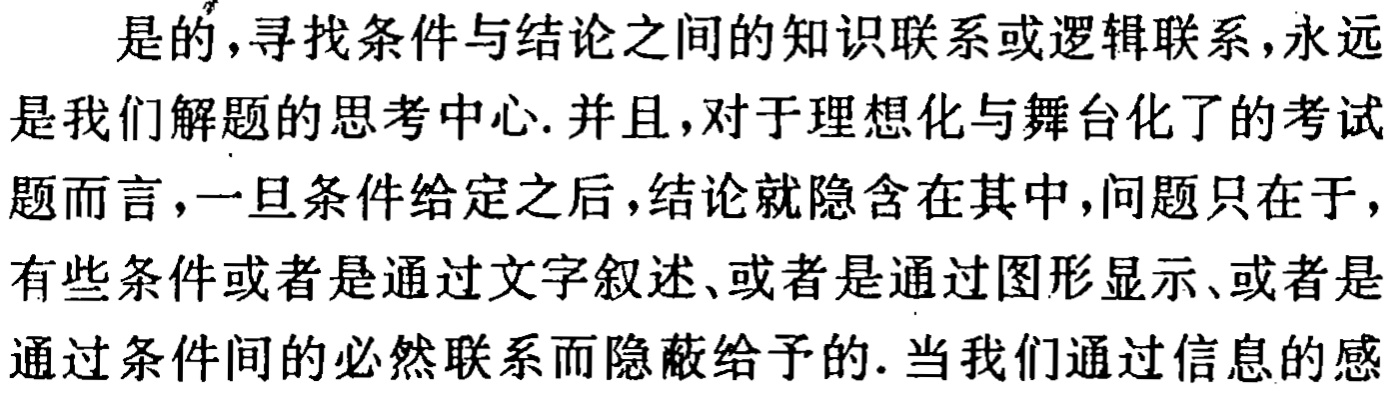
是的,寻找条件与结论之间的知识联系或逻辑联系,永远是我们解题的思考中心.并且,对于理想化与舞台化了的考试

题而言,一旦条件给定之后,结论就隐含在其中,问题只在于,有些条件或者是通过文字叙述、或者是通过图形显示、或者是

通过条件间的必然联系而隐蔽给予的.当我们通过信息的感